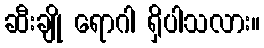
ဆီးချို ရောဂါ ရှိပါသလား။